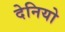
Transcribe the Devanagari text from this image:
देनियो